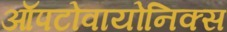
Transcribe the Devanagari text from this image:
ऑपटोवायोनिक्स